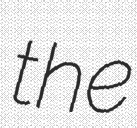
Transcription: the